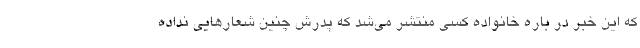
که این خبر در باره خانواده کسی منتشر می‌شد که پدرش چنین شعارهایی نداده